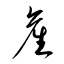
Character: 産